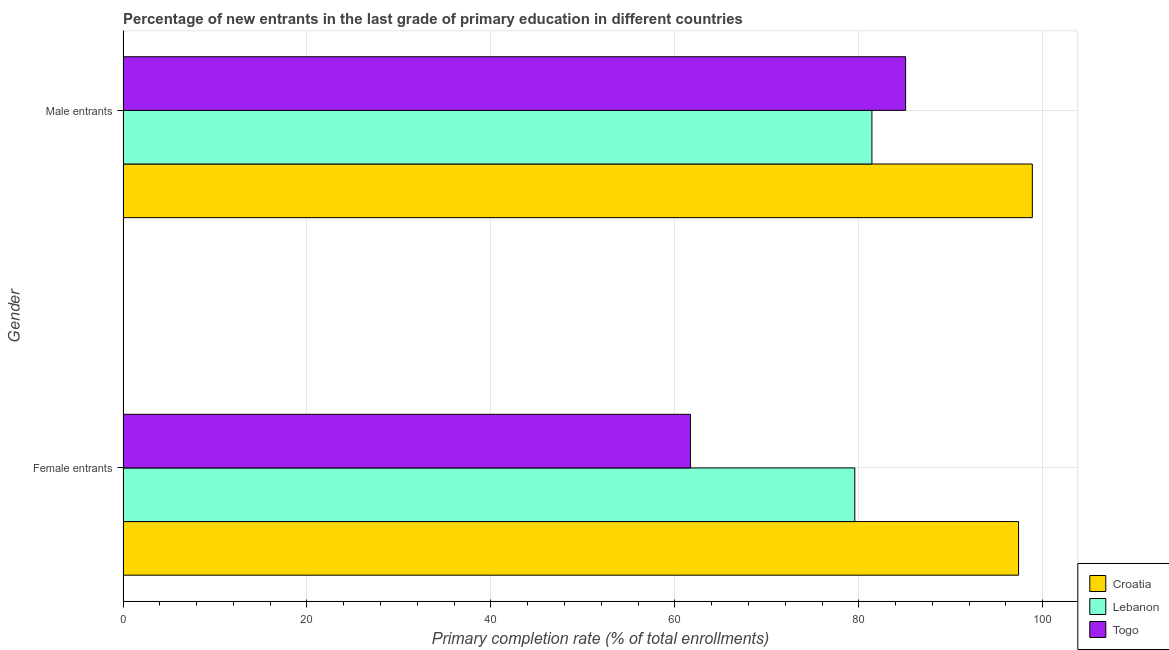
| Gender | Croatia | Lebanon | Togo |
 | --- | --- | --- | --- |
 | Female entrants | 97.4 | 79.6 | 61.7 |
 | Male entrants | 98.9 | 81.4 | 85.1 |